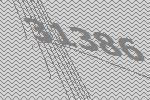
31386